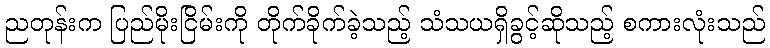
ညတုန်းက ပြည်မိုးငြိမ်းကို တိုက်ခိုက်ခဲ့သည့် သံသယရှိခွင့်ဆိုသည့် စကားလုံးသည်